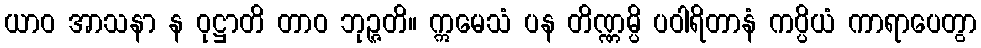
ယာဝ အာသနာ န ဝုဋ္ဌာတိ တာဝ ဘုဉ္ဇတိ။ ဣမေသံ ပန တိဏ္ဏမ္ပိ ပဝါရိတာနံ ကပ္ပိယံ ကာရာပေတွာ